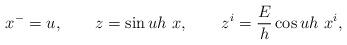
LaTeX: \begin{align*}x^- = u, \qquad z = \sin uh ~x, \qquad z^i = \frac{E}{h} \cos uh~x^i, \end{align*}